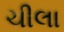
ચીલા